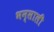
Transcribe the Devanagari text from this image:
भन्साली